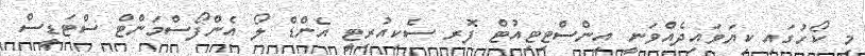
މި ކޯހުގައި ކިޔަވައިދެއްވަނީ އިންސްޓިޓިއުޓް ފޮރ ސެކިއުރިޓީ އެންޑް ލޯ އެންފޯސްމަންޓް ސްޓަޑީސް